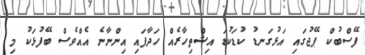
ފޭސްބުކް ޕޭޖުގައި އަޅުގަނޑު ކުޑަކުޑަ އިޝްތިހާރެއް ހަދާފައި އިންނާނެ އެއްވެސް ބޭފުޅަކު މި